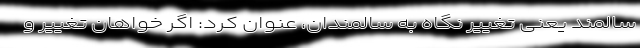
سالمند یعنی تغییر نگاه به سالمندان، عنوان کرد: اگر خواهان تغییر و